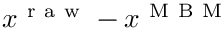
x ^ { \mathrm { ~ r ~ a ~ w ~ } } - x ^ { \mathrm { ~ M ~ B ~ M ~ } }